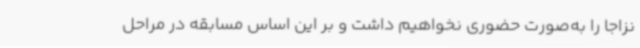
نزاجا را به‌صورت حضوری نخواهیم داشت و بر این اساس مسابقه در مراحل